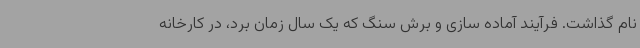
نام گذاشت. فرآیند آماده سازی و برش سنگ که یک سال زمان برد، در کارخانه